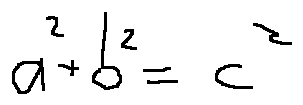
a ^ { 2 } + b ^ { 2 } = c ^ { 2 }